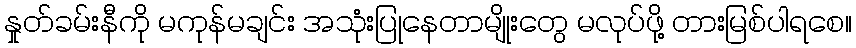
နှုတ်ခမ်းနီကို မကုန်မချင်း အသုံးပြုနေတာမျိုးတွေ မလုပ်ဖို့ တားမြစ်ပါရစေ။